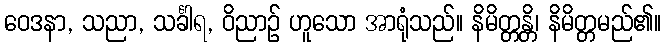
ဝေဒနာ, သညာ, သင်္ခါရ, ဝိညာဉ် ဟူသော အာရုံသည်။ နိမိတ္တန္တိ၊ နိမိတ္တမည်၏။